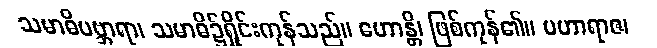
သမာဓိပဗ္ဘာရာ၊ သမာဓိ၌ရှိုင်းကုန်သည်။ ဟောန္တိ၊ ဖြစ်ကုန်၏။ မဟာရာဇ၊